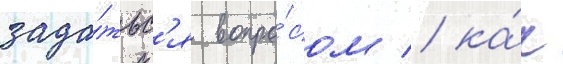
зада́тьс'я вопро́сом / ка́к